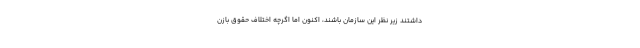
داشتند زیر نظر این سازمان باشند، اکنون اما اگرچه اختلاف حقوق بازن